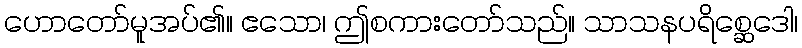
ဟောတော်မူအပ်၏။ ဧသော၊ ဤစကားတော်သည်။ သာသနပရိစ္ဆေဒေါ၊